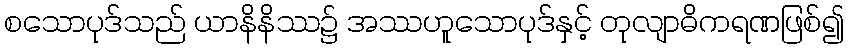
စသောပုဒ်သည် ယာနိနိဿ၌ အဿဟူသောပုဒ်နှင့် တုလျာဓိကရဏဖြစ်၍